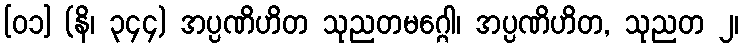
[၀၁] (နိ၊ ၃၄၄) အပ္ပဏိဟိတ သုညတမဂ္ဂေါ၊ အပ္ပဏိဟိတ, သုညတ ၂၊